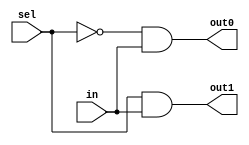
module demux(input in, input sel, output out0, output out1);

  assign out0 = !sel & in;
  assign out1 = sel & in;

endmodule